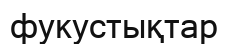
фукустықтар